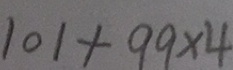
1 0 1 + 9 9 \times 4